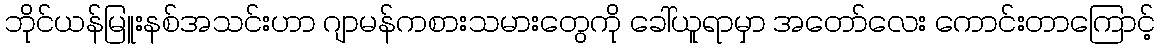
ဘိုင်ယန်မြူးနစ်အသင်းဟာ ဂျာမန်ကစားသမားတွေကို ခေါ်ယူရာမှာ အတော်လေး ကောင်းတာကြောင့်